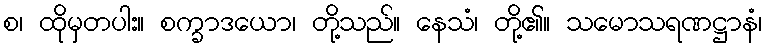
စ၊ ထိုမှတပါး။ စက္ခာဒယော၊ တို့သည်။ နေသံ၊ တို့၏။ သမောသရဏဋ္ဌာနံ၊